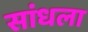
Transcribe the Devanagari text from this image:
सांधला